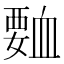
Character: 𮗅